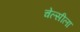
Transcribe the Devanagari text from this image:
चेल्सीला